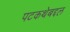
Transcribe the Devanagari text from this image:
पटकथेबद्दल